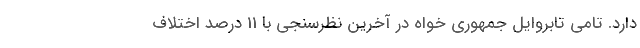
دارد. تامی تابروایل جمهوری خواه در آخرین نظرسنجی با 11 درصد اختلاف